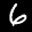
Label: 6